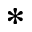
^ *